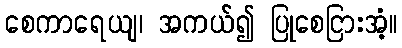
စေကာရေယျ၊ အကယ်၍ ပြုစေငြားအံ့။